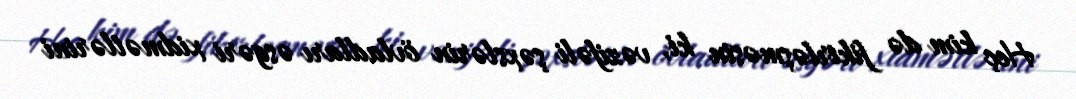
Heç kim də fikirləşməsin ki, vəzifəli şəxslərin övladları əsgəri xidmətlərini